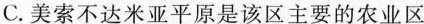
C.美索不达米亚平原是该区主要的农业区